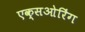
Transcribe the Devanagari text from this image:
एक्सओरिंग